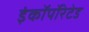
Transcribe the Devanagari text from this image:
इंकॉर्पोरेटेड